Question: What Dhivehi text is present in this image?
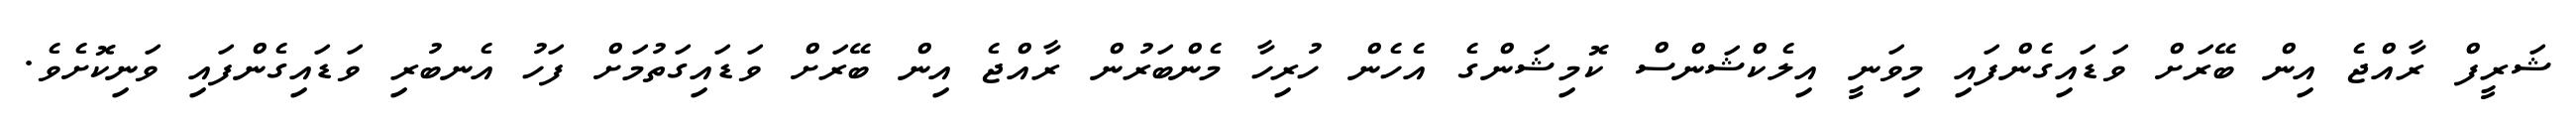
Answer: ޝަރީފް ރާއްޖެ އިން ބޭރަށް ވަޑައިގެންފައި މިވަނީ އިލެކްޝަންސް ކޮމިޝަންގެ އެހެން ހުރިހާ މެންބަރުން ރާއްޖެ އިން ބޭރަށް ވަޑައިގަތުމަށް ފަހު އެނބުރި ވަޑައިގެންފައި ވަނިކޮށެވެ.